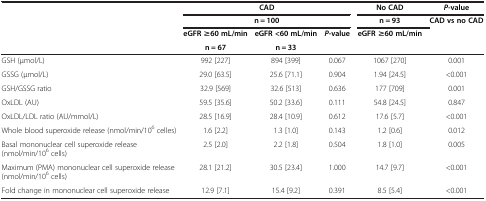
<table><thead><tr><td rowspan="2"><b> </b></td><td colspan="3"><b>CAD</b></td><td><b>No CAD</b></td><td><b><i>P</i>-value</b></td></tr><tr><td colspan="3"><b>n = 100</b></td><td><b>n = 93</b></td><td><b>CAD vs no CAD</b></td></tr><tr><td><b> </b></td><td><b>eGFR ≥60 mL/min</b></td><td><b>eGFR &lt;60 mL/min</b></td><td><b><i>P</i>-value</b></td><td><b>eGFR ≥60 mL/min</b></td><td><b> </b></td></tr><tr><td><b> </b></td><td><b>n = 67</b></td><td><b>n = 33</b></td><td><b> </b></td><td><b> </b></td><td><b> </b></td></tr></thead><tbody><tr><td>GSH (μmol/L)</td><td>992 [227]</td><td>894 [399]</td><td>0.067</td><td>1067 [270]</td><td>0.001</td></tr><tr><td>GSSG (μmol/L)</td><td>29.0 [63.5]</td><td>25.6 [71.1]</td><td>0.904</td><td>1.94 [24.5]</td><td>&lt;0.001</td></tr><tr><td>GSH/GSSG ratio</td><td>32.9 [569]</td><td>32.6 [513]</td><td>0.636</td><td>177 [709]</td><td>0.001</td></tr><tr><td>OxLDL (AU)</td><td>59.5 [35.6]</td><td>50.2 [33.6]</td><td>0.111</td><td>54.8 [24.5]</td><td>0.847</td></tr><tr><td>OxLDL/LDL ratio (AU/mmol/L)</td><td>28.5 [16.9]</td><td>28.4 [10.9]</td><td>0.612</td><td>17.6 [5.7]</td><td>&lt;0.001</td></tr><tr><td>Whole blood superoxide release (nmol/min/10<sup>6</sup> celles)</td><td>1.6 [2.2]</td><td>1.3 [1.0]</td><td>0.143</td><td>1.2 [0.6]</td><td>0.012</td></tr><tr><td>Basal mononuclear cell superoxide release (nmol/min/10<sup>6</sup> cells)</td><td>2.5 [2.0]</td><td>2.2 [1.8]</td><td>0.504</td><td>1.8 [1.0]</td><td>0.005</td></tr><tr><td>Maximum (PMA) mononuclear cell superoxide release (nmol/min/10<sup>6</sup> cells)</td><td>28.1 [21.2]</td><td>30.5 [23.4]</td><td>1.000</td><td>14.7 [9.7]</td><td>&lt;0.001</td></tr><tr><td>Fold change in mononuclear cell superoxide release</td><td>12.9 [7.1]</td><td>15.4 [9.2]</td><td>0.391</td><td>8.5 [5.4]</td><td>&lt;0.001</td></tr></tbody></table>